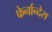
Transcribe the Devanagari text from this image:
फेर्नान्देस